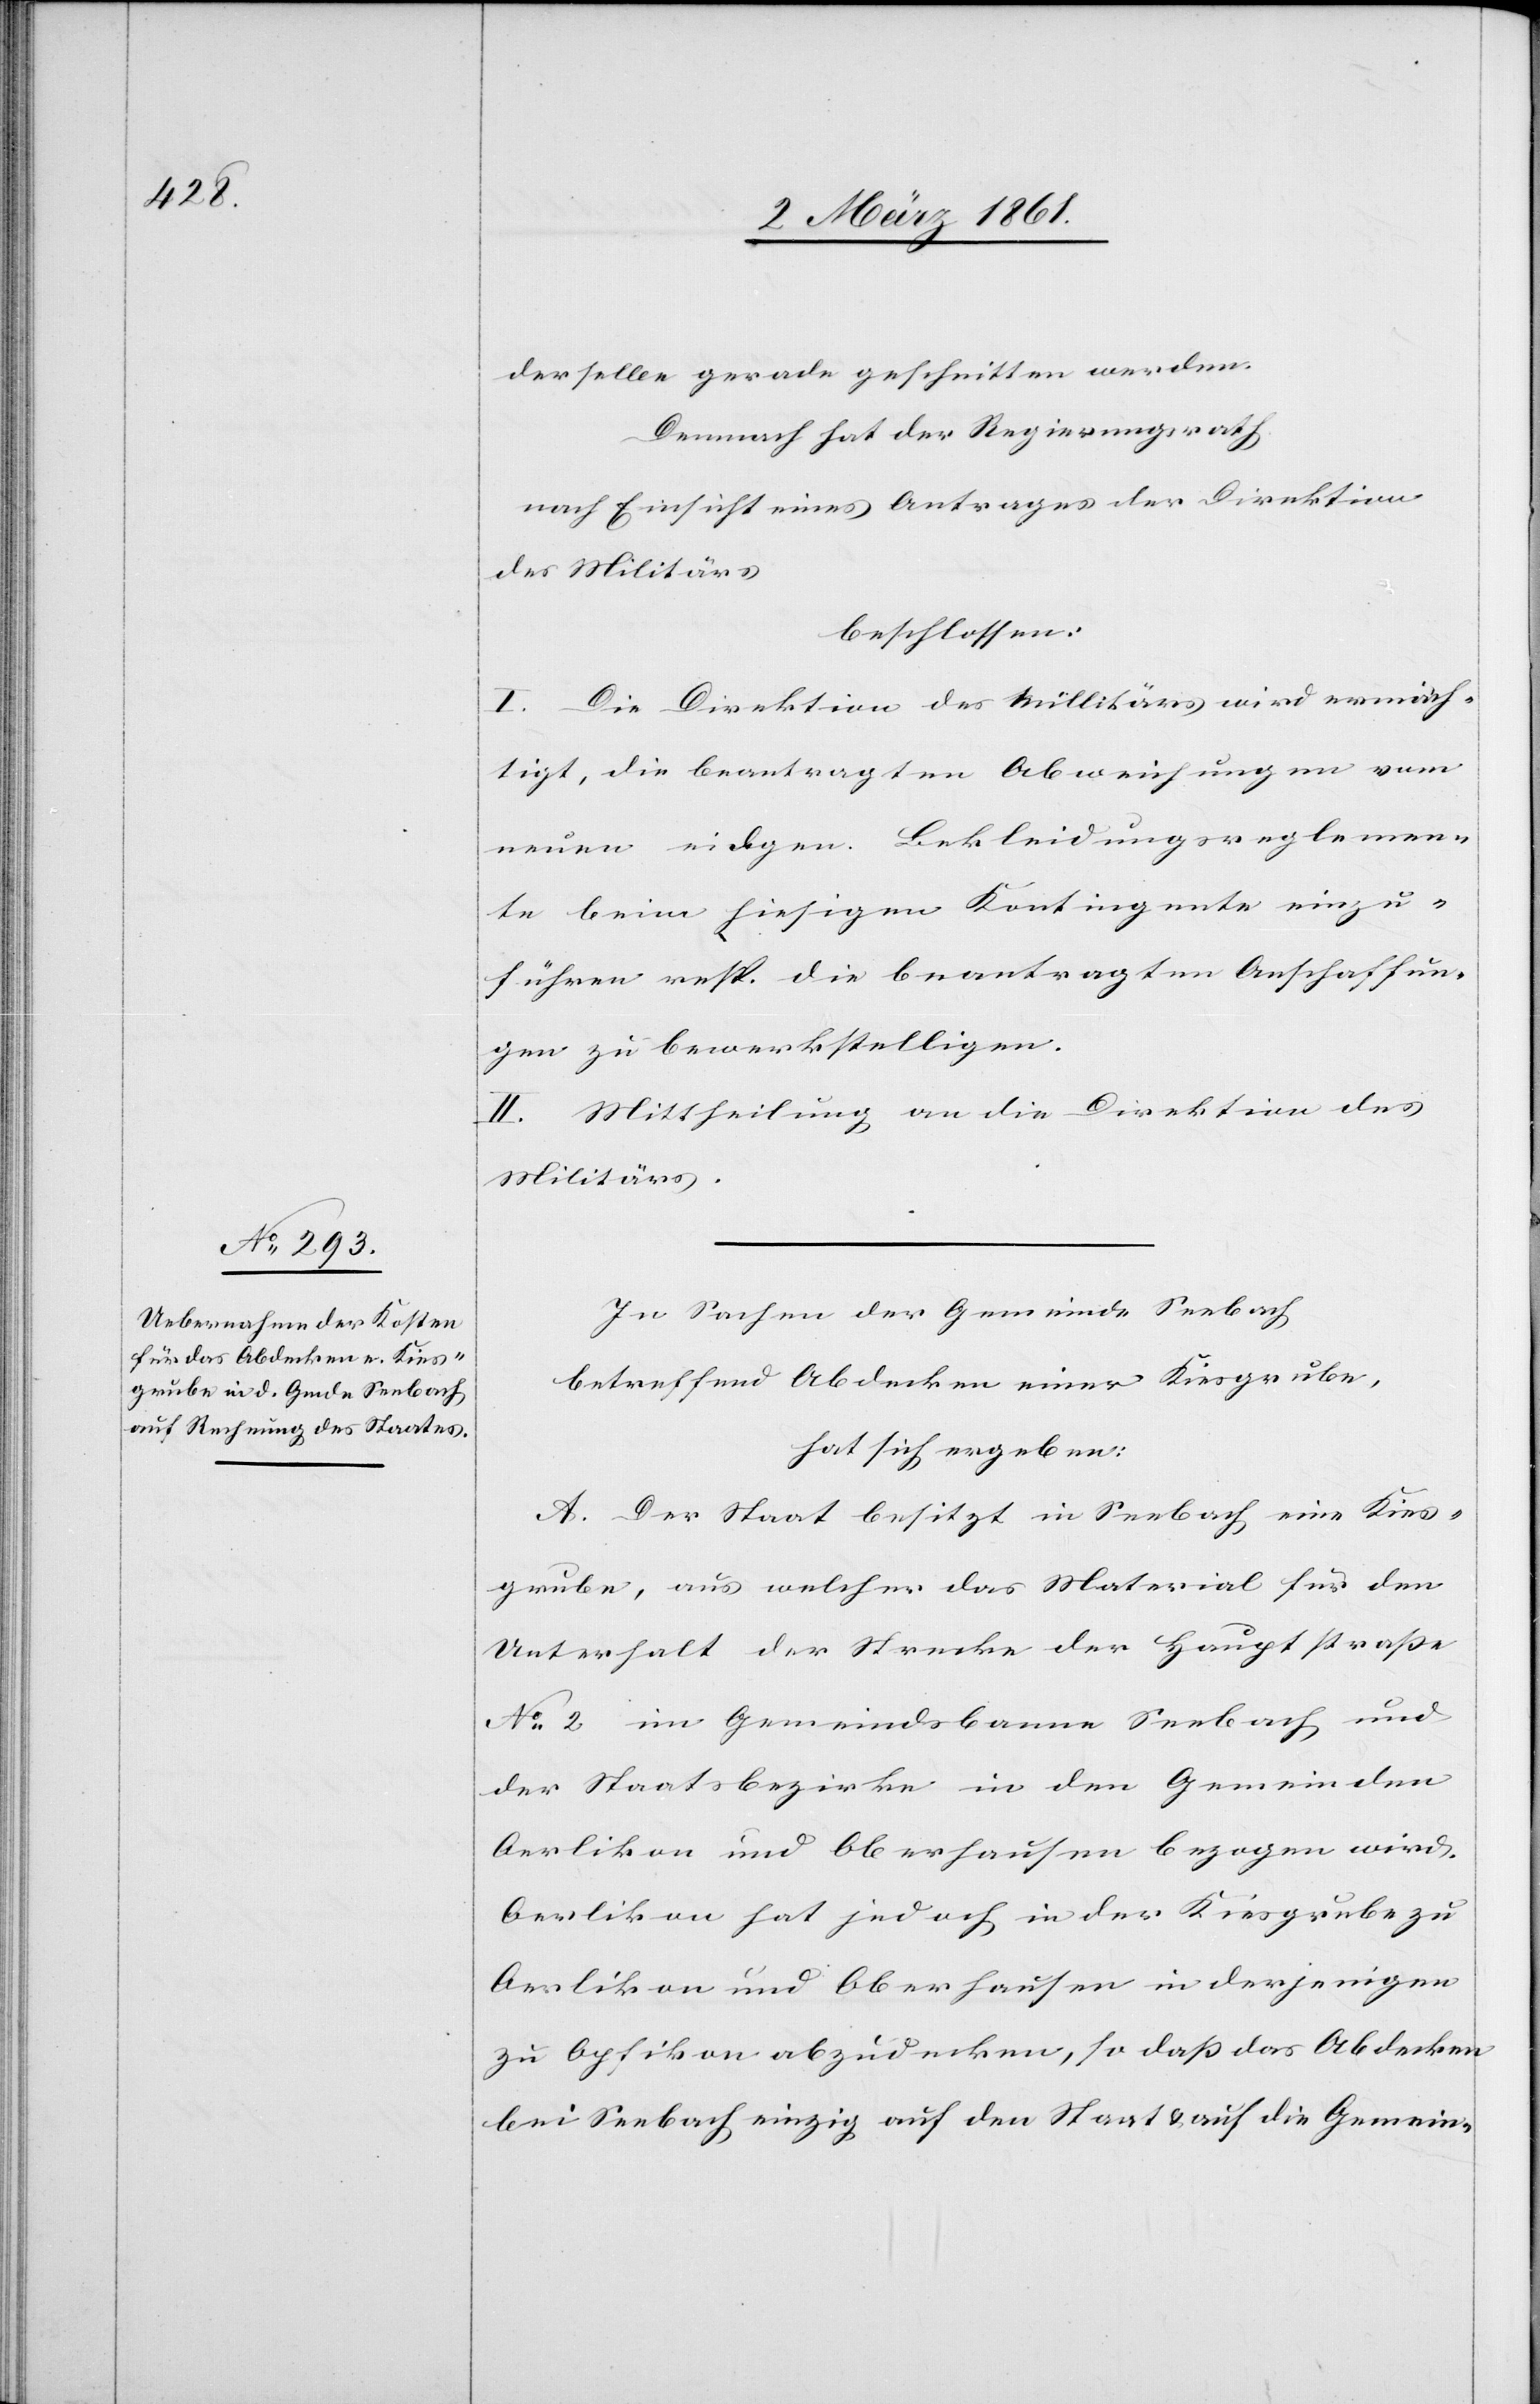
derselbe gerade geschnitten werden.
Demnach hat der Regierungsrath,
nach Einsicht eines Antrages der Direktion
des Militärs
beschlossen:
I. Die Direktion des Militärs wird ermäch¬
tigt, die beantragten Abweichungen vom
neuen eidgen. Bekleidungsreglemen¬
te beim hiesigen Kontingente einzu¬
führen resp. die beantragten Anschaffun¬
gen zu bewerkstelligen.
II. Mittheilung an die Direktion des
Militärs.
In Sachen der Gemeinde Seebach,
betreffend Abdecken einer Kiesgrube,
hat sich ergeben:
A. Der Staat besitzt in Seebach eine Kies¬
grube, aus welcher das Material für den
Unterhalt der Strecke der Hauptstrasse
No 2 im Gemeinsbanne Seebach, und
der Staatsbezirke in den Gemeinden
Oerlikon und Oberhausen bezogen wird.
Oerlikon hat jedoch in der Kiesgrube zu
Oerlikon und Oberhausen in derjenigen
zu Opfikon abzudecken, so dass das Abdecken
bei Seebach einzig auf den Staat u. auf die Gemein-